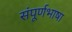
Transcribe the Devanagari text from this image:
संपूर्णभाषा